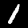
Label: 1